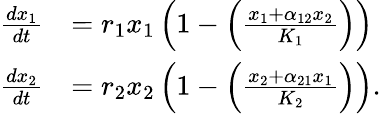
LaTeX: {\begin{array}{rl}{{\frac{dx_{1}}{dt}}}&{=r_{1}x_{1}\left(1-\left({\frac{x_{1}+\alpha_{12}x_{2}}{K_{1}}}\right)\right)}\\ {{\frac{dx_{2}}{dt}}}&{=r_{2}x_{2}\left(1-\left({\frac{x_{2}+\alpha_{21}x_{1}}{K_{2}}}\right)\right).}\end{array}}